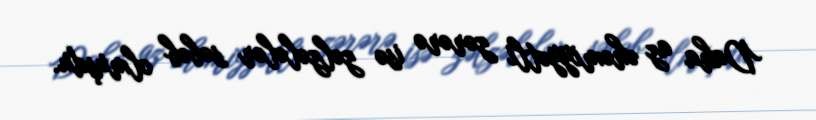
Daha az əhəmiyyətli zərərə isə zəlzələlər səbəb olmuşdu.